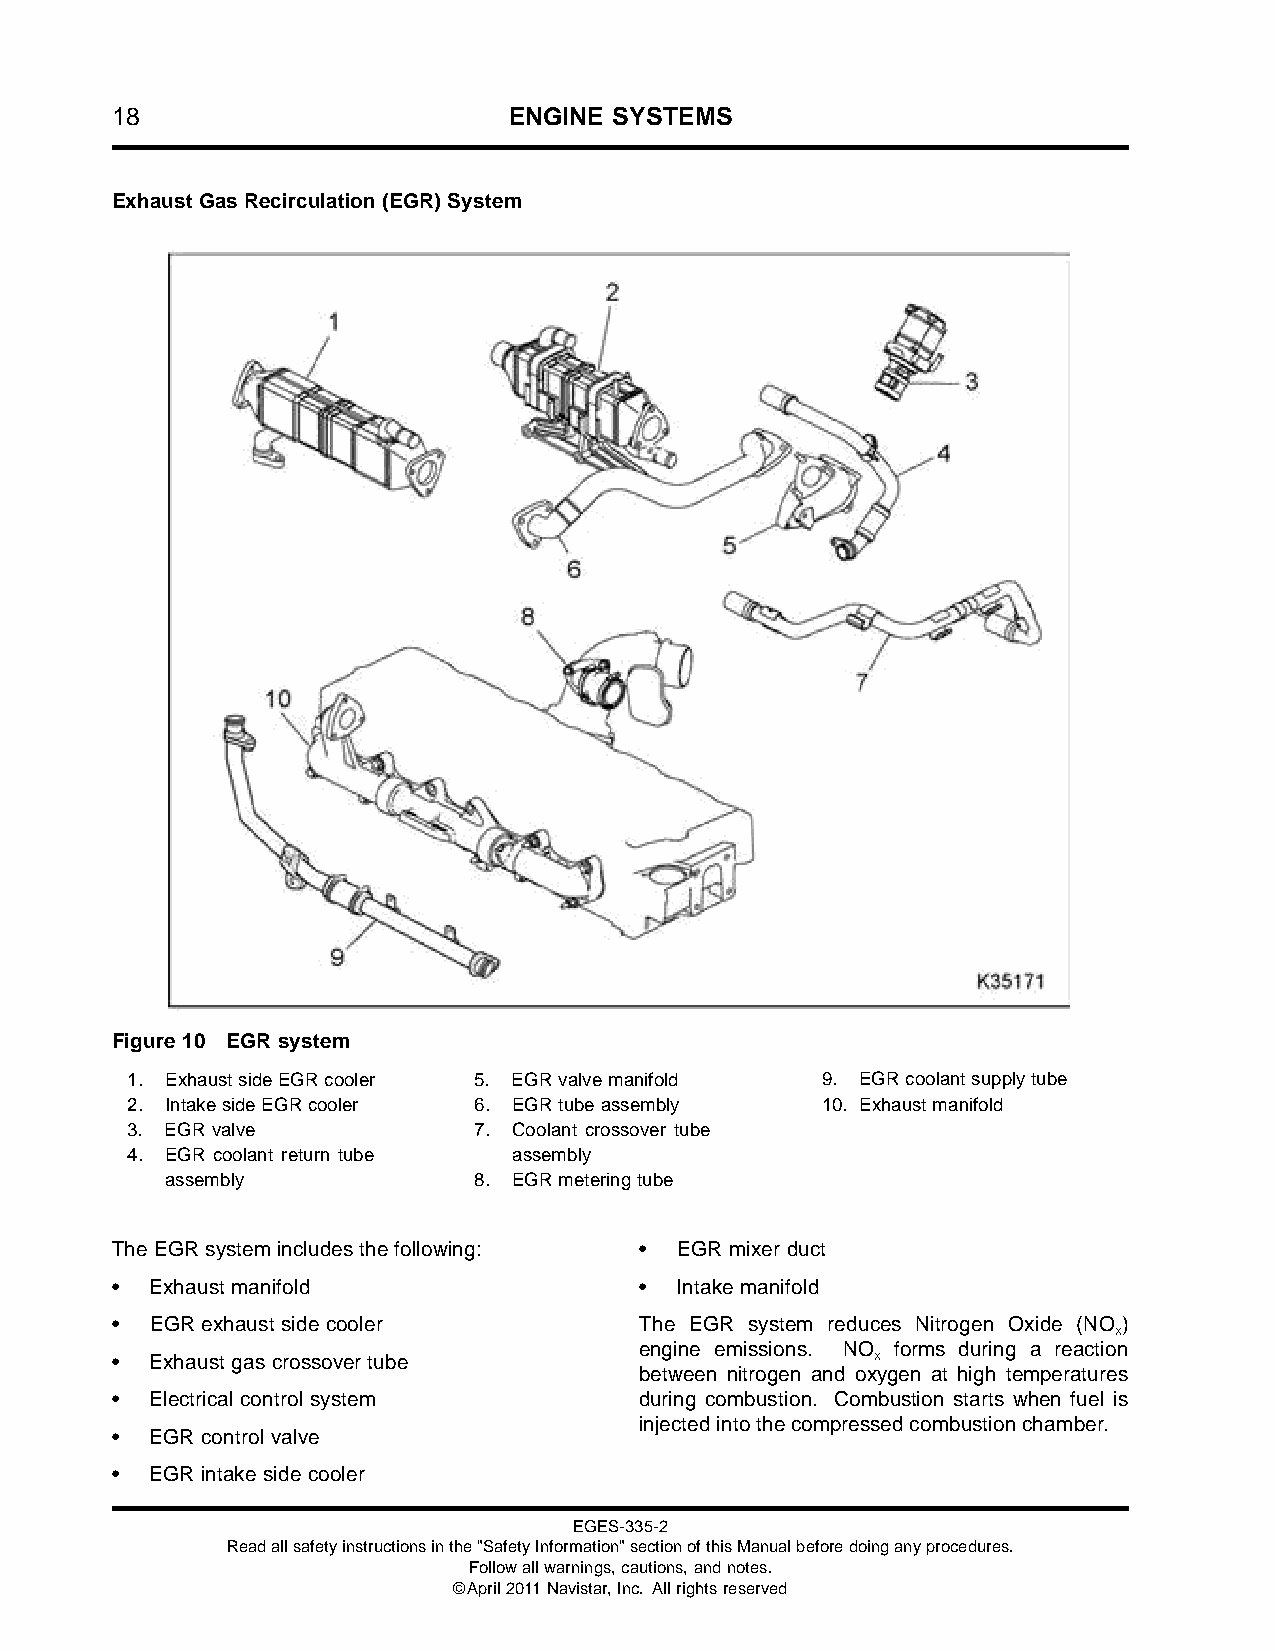
18                         ENGINE SYSTEMS
 ExhaustGasRecirculation(EGR)System
 Figure 10 EGR system
 1. ExhaustsideEGRcooler 5. EGRvalvemanifold   9. EGRcoolantsupplytube
 2. IntakesideEGRcooler 6. EGRtubeassembly     10. Exhaustmanifold
 3. EGRvalve            7. Coolant crossover tube
 4. EGR coolant return tube assembly
 assembly            8. EGRmeteringtube
 The EGRsystem includes the following: • EGR mixer duct
 •  Exhaust manifold                •  Intake manifold
 •  EGR exhaust side cooler         The EGR system reduces Nitrogen Oxide (NO )
 X
 engine emissions. NO forms during a reaction
 •  Exhaust gas crossover tube                      X
 between nitrogen and oxygen at high temperatures
 •  Electrical control system       during combustion. Combustion starts when fuel is
 injectedintothecompressedcombustionchamber.
 •  EGR control valve
 •  EGR intake side cooler
 EGES-335-2
 Readallsafetyinstructionsinthe"SafetyInformation"sectionofthisManualbeforedoinganyprocedures.
 Followallwarnings,cautions,andnotes.
 ©April2011Navistar,Inc. Allrightsreserved